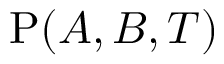
\mathrm { P } ( A , B , { \cal T } )